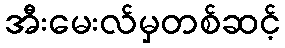
အီးမေးလ်မှတစ်ဆင့်